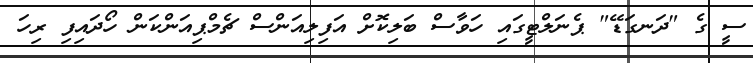
ސީ ގެ "ދަނގަޑޭ" ޕެނަލްޓީގައި ހަވާސް ބަލިކޮށް އަފިލިއަންސް ޗެމްޕިއަންކަން ހޯދައިފި ރިހަ